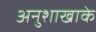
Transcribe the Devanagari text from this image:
अनुशाखाके